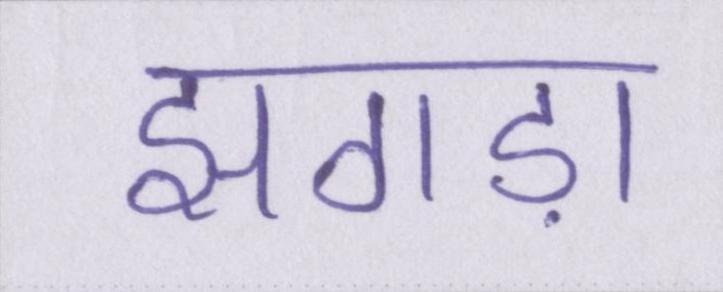
झगड़ा